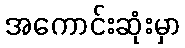
အကောင်းဆုံးမှာ